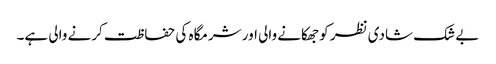
بے شک شادی نظر کو جھکانے والی اور شرمگاہ کی حفاظت کرنے والی ہے۔